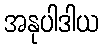
အနုပါဒါယ